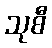
သုစီ